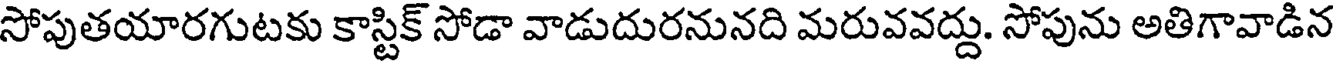
సోపుతయారగుటకు కాస్టిక్ సోడా వాడుదురనునది మరువవద్దు. సోపును అతిగావాడిన